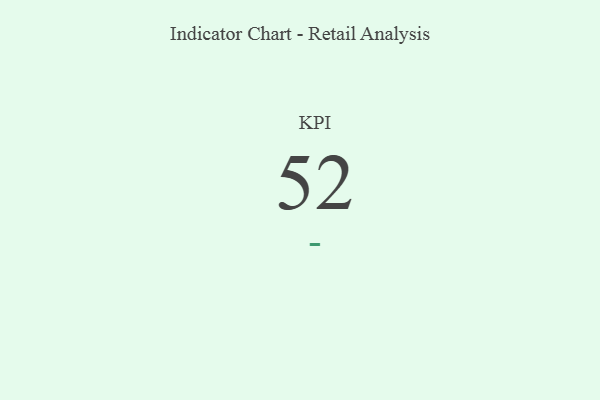
{"axis": {"x": "KPI", "y": "Value"}, "legend": [""], "data": [{"x": "KPI", "y": 52, "type": ""}]}